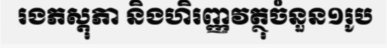
រងភស្តុភា និងហិរញ្ញវត្ថុចំនួន១រូប